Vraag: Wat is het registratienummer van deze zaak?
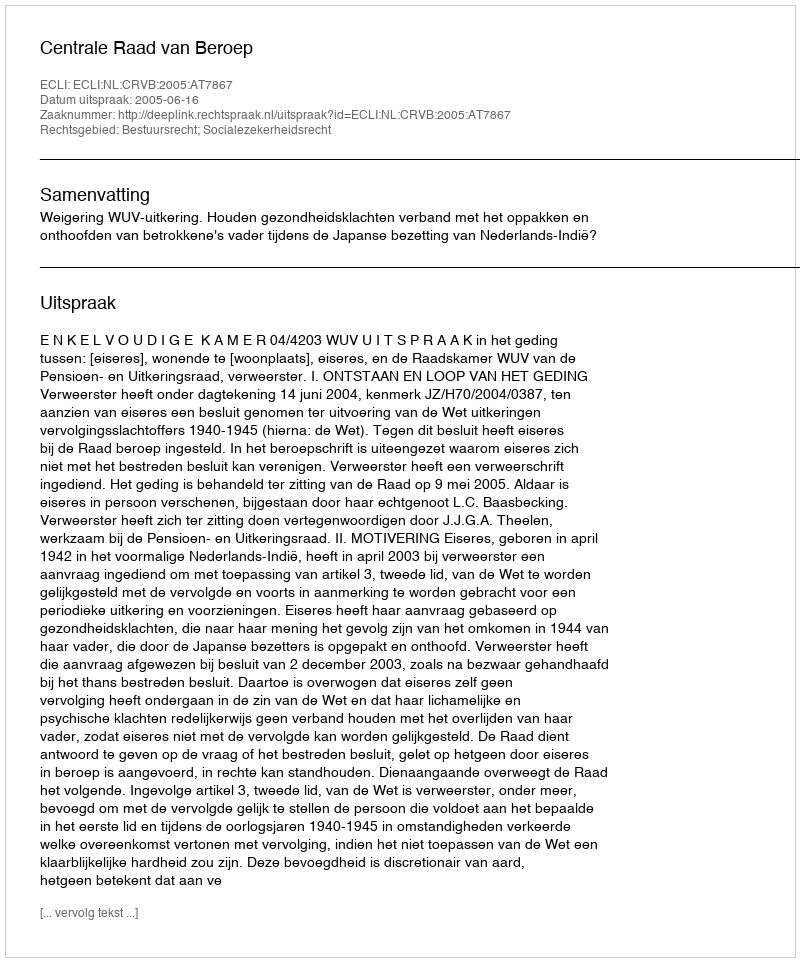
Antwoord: http://deeplink.rechtspraak.nl/uitspraak?id=ECLI:NL:CRVB:2005:AT7867